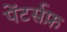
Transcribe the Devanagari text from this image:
पेंटर्सफ़